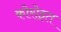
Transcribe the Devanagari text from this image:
कोरोइत